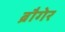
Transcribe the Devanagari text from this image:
ब्रौगेर